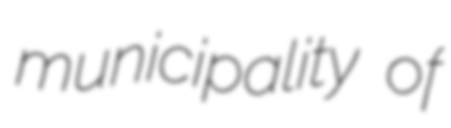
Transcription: municipality of